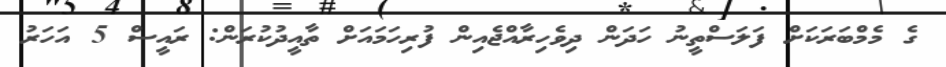
ގެ މެމްބަރަކަށް ފަލަސްތީނު ހަދަން ދިވެހިރާއްޖެއިން ފުރިހަމައަށް ތާއީދުކުރަން: ރައީސް 5 އަހަރު